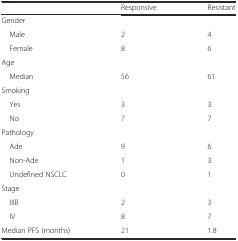
<table><thead><tr><td></td><td><b>Responsive</b></td><td><b>Resistant</b></td></tr></thead><tbody><tr><td>Gender</td><td></td><td></td></tr><tr><td> Male</td><td>2</td><td>4</td></tr><tr><td> Female</td><td>8</td><td>6</td></tr><tr><td>Age</td><td></td><td></td></tr><tr><td> Median</td><td>56</td><td>61</td></tr><tr><td>Smoking</td><td></td><td></td></tr><tr><td> Yes</td><td>3</td><td>3</td></tr><tr><td> No</td><td>7</td><td>7</td></tr><tr><td>Pathology</td><td></td><td></td></tr><tr><td> Ade</td><td>9</td><td>6</td></tr><tr><td> Non-Ade</td><td>1</td><td>3</td></tr><tr><td> Undefined NSCLC</td><td>0</td><td>1</td></tr><tr><td>Stage</td><td></td><td></td></tr><tr><td> IIIB</td><td>2</td><td>3</td></tr><tr><td> IV</td><td>8</td><td>7</td></tr><tr><td>Median PFS (months)</td><td>21</td><td>1.8</td></tr></tbody></table>